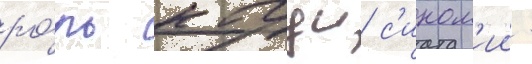
ро́ль кагуи с'ином'ии -